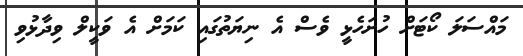
މައްސަލަ ކޯޓަށް ހުށަހެޅީ ވެސް އެ ނިޔަތުގައި ކަމަށް އެ ވަކީލް ވިދާޅުވި